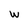
Character: W